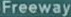
Freeway